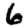
Digit: 6